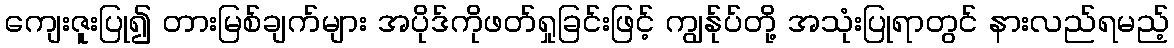
ကျေးဇူးပြု၍ တားမြစ်ချက်များ အပိုဒ်ကိုဖတ်ရှုခြင်းဖြင့် ကျွန်ုပ်တို့ အသုံးပြုရာတွင် နားလည်ရမည့်